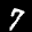
Label: 7